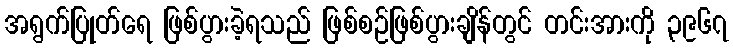
အရွက်ပြုတ်ရေ ဖြစ်ပွားခဲ့ရသည် ဖြစ်စဉ်ဖြစ်ပွားချိန်တွင် တင်းအားကို ၃၉၆၇